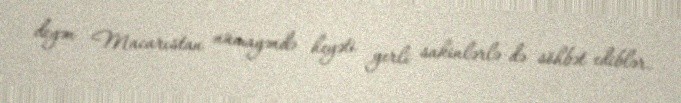
deyən Macarıstan nümayəndə heyəti yerli sakinlərlə də söhbət ediblər.